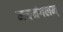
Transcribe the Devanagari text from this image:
मषमंगलम्